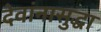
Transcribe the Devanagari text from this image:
देवांनासुद्धा